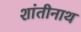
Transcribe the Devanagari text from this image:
शांतीनाथ